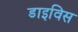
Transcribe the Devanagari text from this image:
डाइविस